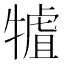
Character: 𤛏